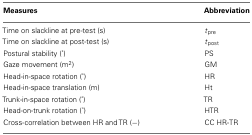
<table><thead><tr><td><b>Measures</b></td><td><b>Abbreviation</b></td></tr></thead><tbody><tr><td>Time on slackline at pre-test (s)</td><td><i>t</i><sub>pre</sub></td></tr><tr><td>Time on slackline at post-test (s)</td><td><i>t</i><sub>post</sub></td></tr><tr><td>Postural stability (°)</td><td>PS</td></tr><tr><td>Gaze movement (m<sup>2</sup>)</td><td>GM</td></tr><tr><td>Head-in-space rotation (°)</td><td>HR</td></tr><tr><td>Head-in-space translation (m)</td><td>Ht</td></tr><tr><td>Trunk-in-space rotation (°)</td><td>TR</td></tr><tr><td>Head-on-trunk rotation (°)</td><td>HTR</td></tr><tr><td>Cross-correlation between HR and TR (−)</td><td>CC HR-TR</td></tr></tbody></table>